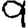
Digit: 9